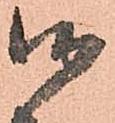
御